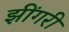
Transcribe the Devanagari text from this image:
झींगरी